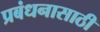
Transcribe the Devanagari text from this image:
प्रबंधनासाठी